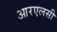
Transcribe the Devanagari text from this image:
आरएलसी